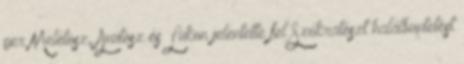
per Melétosz, Anütosz és Lükon jelentette fel Szókratészt halálbüntetést